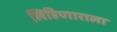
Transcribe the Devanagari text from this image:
लिहिणाराला